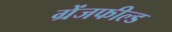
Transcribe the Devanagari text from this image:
ग्रेंजफील्ड